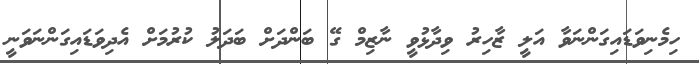
ހިމެނިވަޑައިގަންނަވާ އަލީ ޒާހިރު ވިދާޅުވީ ނާޒިމް ގޭ ބަންދަށް ބަދަލު ކުރުމަށް އެދިވަޑައިގަންނަވަނީ